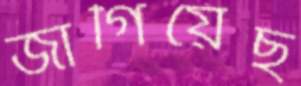
জাগিয়েছ